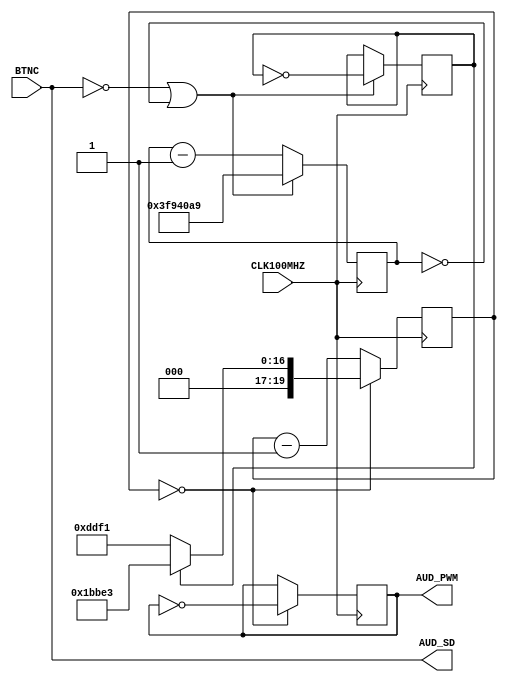

`timescale 1ns / 1ps
// Origin: http://www.fpga4fun.com/MusicBox2.html

module pwm(
    input CLK100MHZ,
    input BTNC,
    output AUD_PWM,
    output AUD_SD
    );
    parameter clk_divider_440 = (100000000 / 440) / 2;
    parameter clk_divider_1_5 = (100000000 / 3) * 2;
    reg [25:0] cnt_1_5;
    reg [19:0] cnt;
    reg CLK_1_5;
    always @(negedge CLK100MHZ) begin
        if (~AUD_SD || cnt_1_5 == 0) begin
            cnt_1_5 <= clk_divider_1_5 - 1;
            CLK_1_5 = ~CLK_1_5;
        end
        else begin
            cnt_1_5 <= cnt_1_5 - 1;
        end
    end
    reg speaker;
    always @(negedge CLK100MHZ) begin
        if (cnt == 0) begin
            cnt <= (CLK_1_5) ? clk_divider_440 - 1 : (clk_divider_440 / 2) - 1;
            speaker <= ~speaker;
        end
        else cnt <= cnt - 1;
    end
    assign AUD_PWM = speaker;
    assign AUD_SD = BTNC;
endmodule